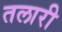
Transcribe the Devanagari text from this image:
तलारी